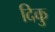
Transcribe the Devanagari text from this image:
दिकु